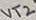
Text: VT2